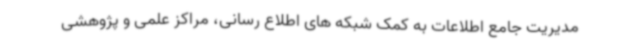
مدیریت جامع اطلاعات به کمک شبکه های اطلاع رسانی، مراکز علمی و پژوهشی